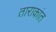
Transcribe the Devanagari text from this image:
ताराकांत